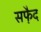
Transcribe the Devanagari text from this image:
सफै़द